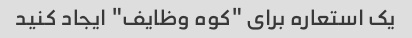
یک استعاره برای "کوه وظایف" ایجاد کنید